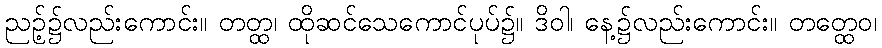
ညဉ့်၌လည်းကောင်း။ တတ္ထ၊ ထိုဆင်သေကောင်ပုပ်၌။ ဒိဝါ၊ နေ့၌လည်းကောင်း။ တတ္ထေဝ၊